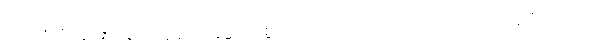
တရားကို။ န ဓာရေတိ၊ မမှတ်ဆောင်နိုင်။ သော (ပုဂ္ဂလော)၊ ထိုပုဂ္ဂိုလ်ကို။ ဧဝံ၊ ဤသို့။